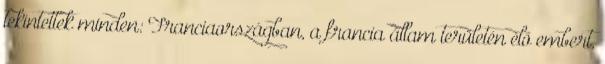
tekintettek minden: Franciaországban, a francia állam területén élő embert,